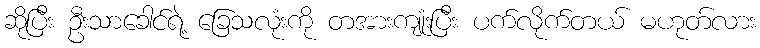
ဆိုပြီး ဦးသာခေါင်ရဲ့ ခြေသလုံးကို တအားကျုံးပြီး ပက်လိုက်တယ် မဟုတ်လား